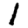
Digit: 1